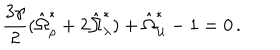
LaTeX: \frac { 3 \gamma } { 2 } ( \hat { \Omega } _ { \rho } ^ { \ast } + 2 \hat { \Omega } _ { \lambda } ^ { \ast } ) + \hat { \Omega } _ { \cal U } ^ { \ast } - 1 = 0 \, .